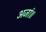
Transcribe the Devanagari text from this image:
अजां॥